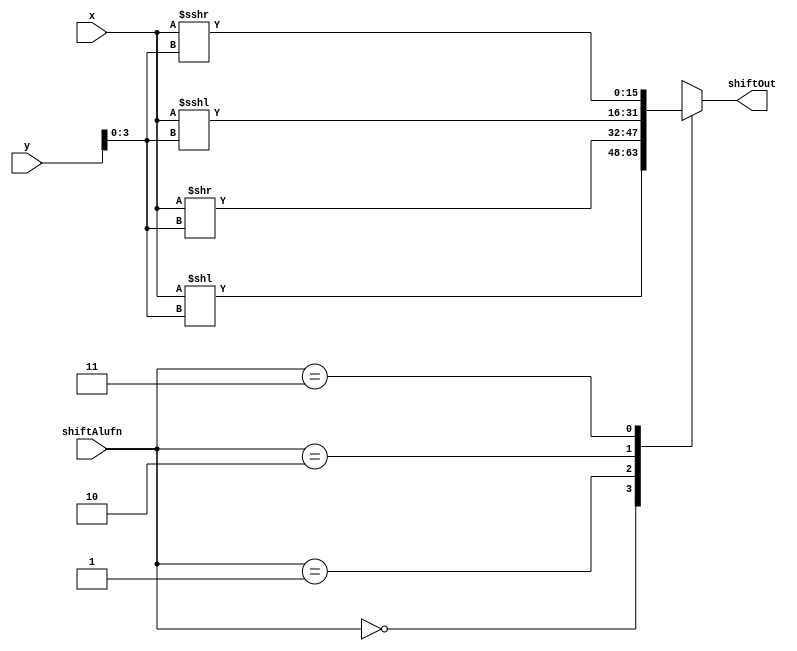
/*
   This file was generated automatically by Alchitry Labs version 1.2.7.
   Do not edit this file directly. Instead edit the original Lucid source.
   This is a temporary file and any changes made to it will be destroyed.
*/

module shift_16_9 (
    input [15:0] x,
    input [15:0] y,
    input [1:0] shiftAlufn,
    output reg [15:0] shiftOut
  );
  
  
  
  reg [15:0] temp;
  
  always @* begin
    
    case (shiftAlufn)
      2'h0: begin
        temp = x << y[0+3-:4];
      end
      2'h1: begin
        temp = x >> y[0+3-:4];
      end
      2'h2: begin
        temp = $signed(x) <<< y[0+3-:4];
      end
      2'h3: begin
        temp = $signed(x) >>> y[0+3-:4];
      end
      default: begin
        temp = 16'h0000;
      end
    endcase
    shiftOut = temp;
  end
endmodule